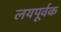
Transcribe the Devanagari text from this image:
लयपूर्वक